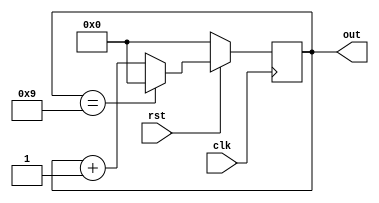
`timescale 1ns / 1ps
module fourbit_decade_counter(clk, rst, out);
output [3:0] out;
input clk, rst;
reg [3:0] out;
always@(posedge clk)
begin
    if(!rst)
        out <= 0;
    else if (out == 9)
    out <= 0;
    else
    out <= out + 1;
end
endmodule